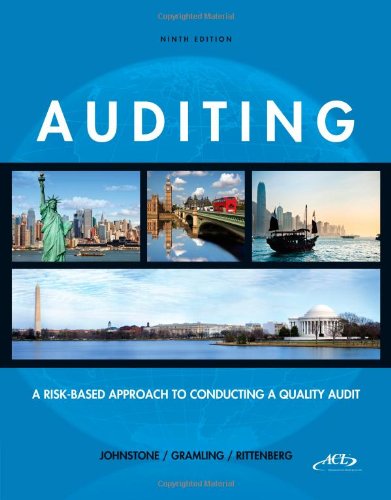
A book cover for Auditing: A Risk-Based Approach to Conducting a Quality Audit (with ACL CD-ROM); Karla Johnstone; Business & Money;